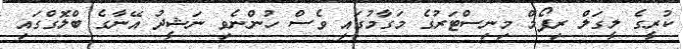
ކުރީގެ ލީގަލް ރިފޯމް މިނިސްޓަރުގެ މަގާމުގައި ވެސް ހުންނެވި ނަޝީދު އޭނާގެ ބްލޮގްގައި